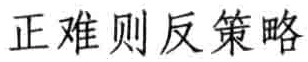
正难则反策略